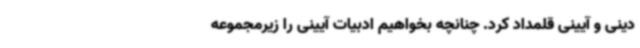
دینی و آیینی قلمداد کرد. چنانچه بخواهیم ادبیات آیینی را زیرمجموعه